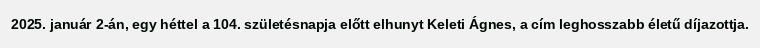
2025. január 2-án, egy héttel a 104. születésnapja előtt elhunyt Keleti Ágnes, a cím leghosszabb életű díjazottja.